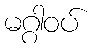
မဂ္ဂါဝပ်